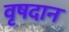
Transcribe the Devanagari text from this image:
वृषदान